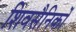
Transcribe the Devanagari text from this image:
शिवसैनिकों